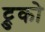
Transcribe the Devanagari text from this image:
ट्रुको